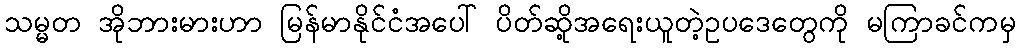
သမ္မတ အိုဘားမားဟာ မြန်မာနိုင်ငံအပေါ် ပိတ်ဆို့အရေးယူတဲ့ဥပဒေတွေကို မကြာခင်ကမှ